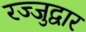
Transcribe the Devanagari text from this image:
रज्जुद्वार